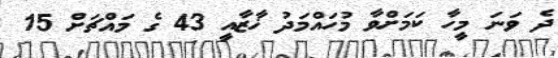
ދެ ވަނަ މީހާ ކަމަށްވާ މުހައްމަދު ޚާޒާއީ 43 ގެ މައްޗަށް 15